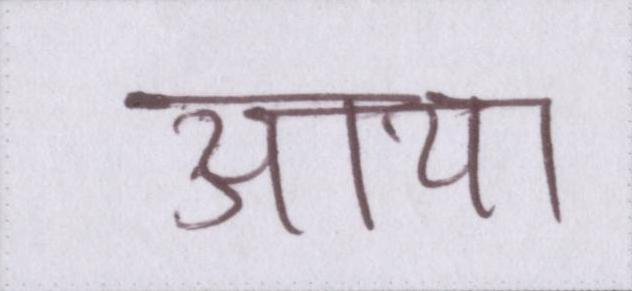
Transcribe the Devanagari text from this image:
आया